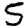
Digit: 5